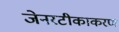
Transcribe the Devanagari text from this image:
जेनरटीकाकरण